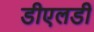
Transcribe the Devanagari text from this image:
डीएलडी